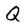
Character: Q